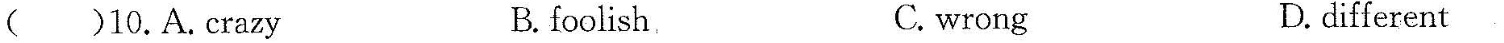
( )9.A.pictures